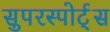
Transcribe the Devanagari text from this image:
सुपरस्पोर्ट्‌स